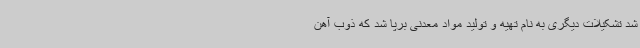
شد تشکیلات دیگری به نام تهیه و تولید مواد معدنی برپا شد که ذوب آهن